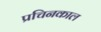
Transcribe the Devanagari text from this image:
प्रचिनकाल